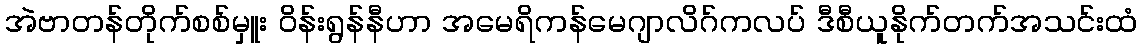
အဲဗာတန်တိုက်စစ်မှူး ဝိန်းရွန်နီဟာ အမေရိကန်မေဂျာလိဂ်ကလပ် ဒီစီယူနိုက်တက်အသင်းထံ